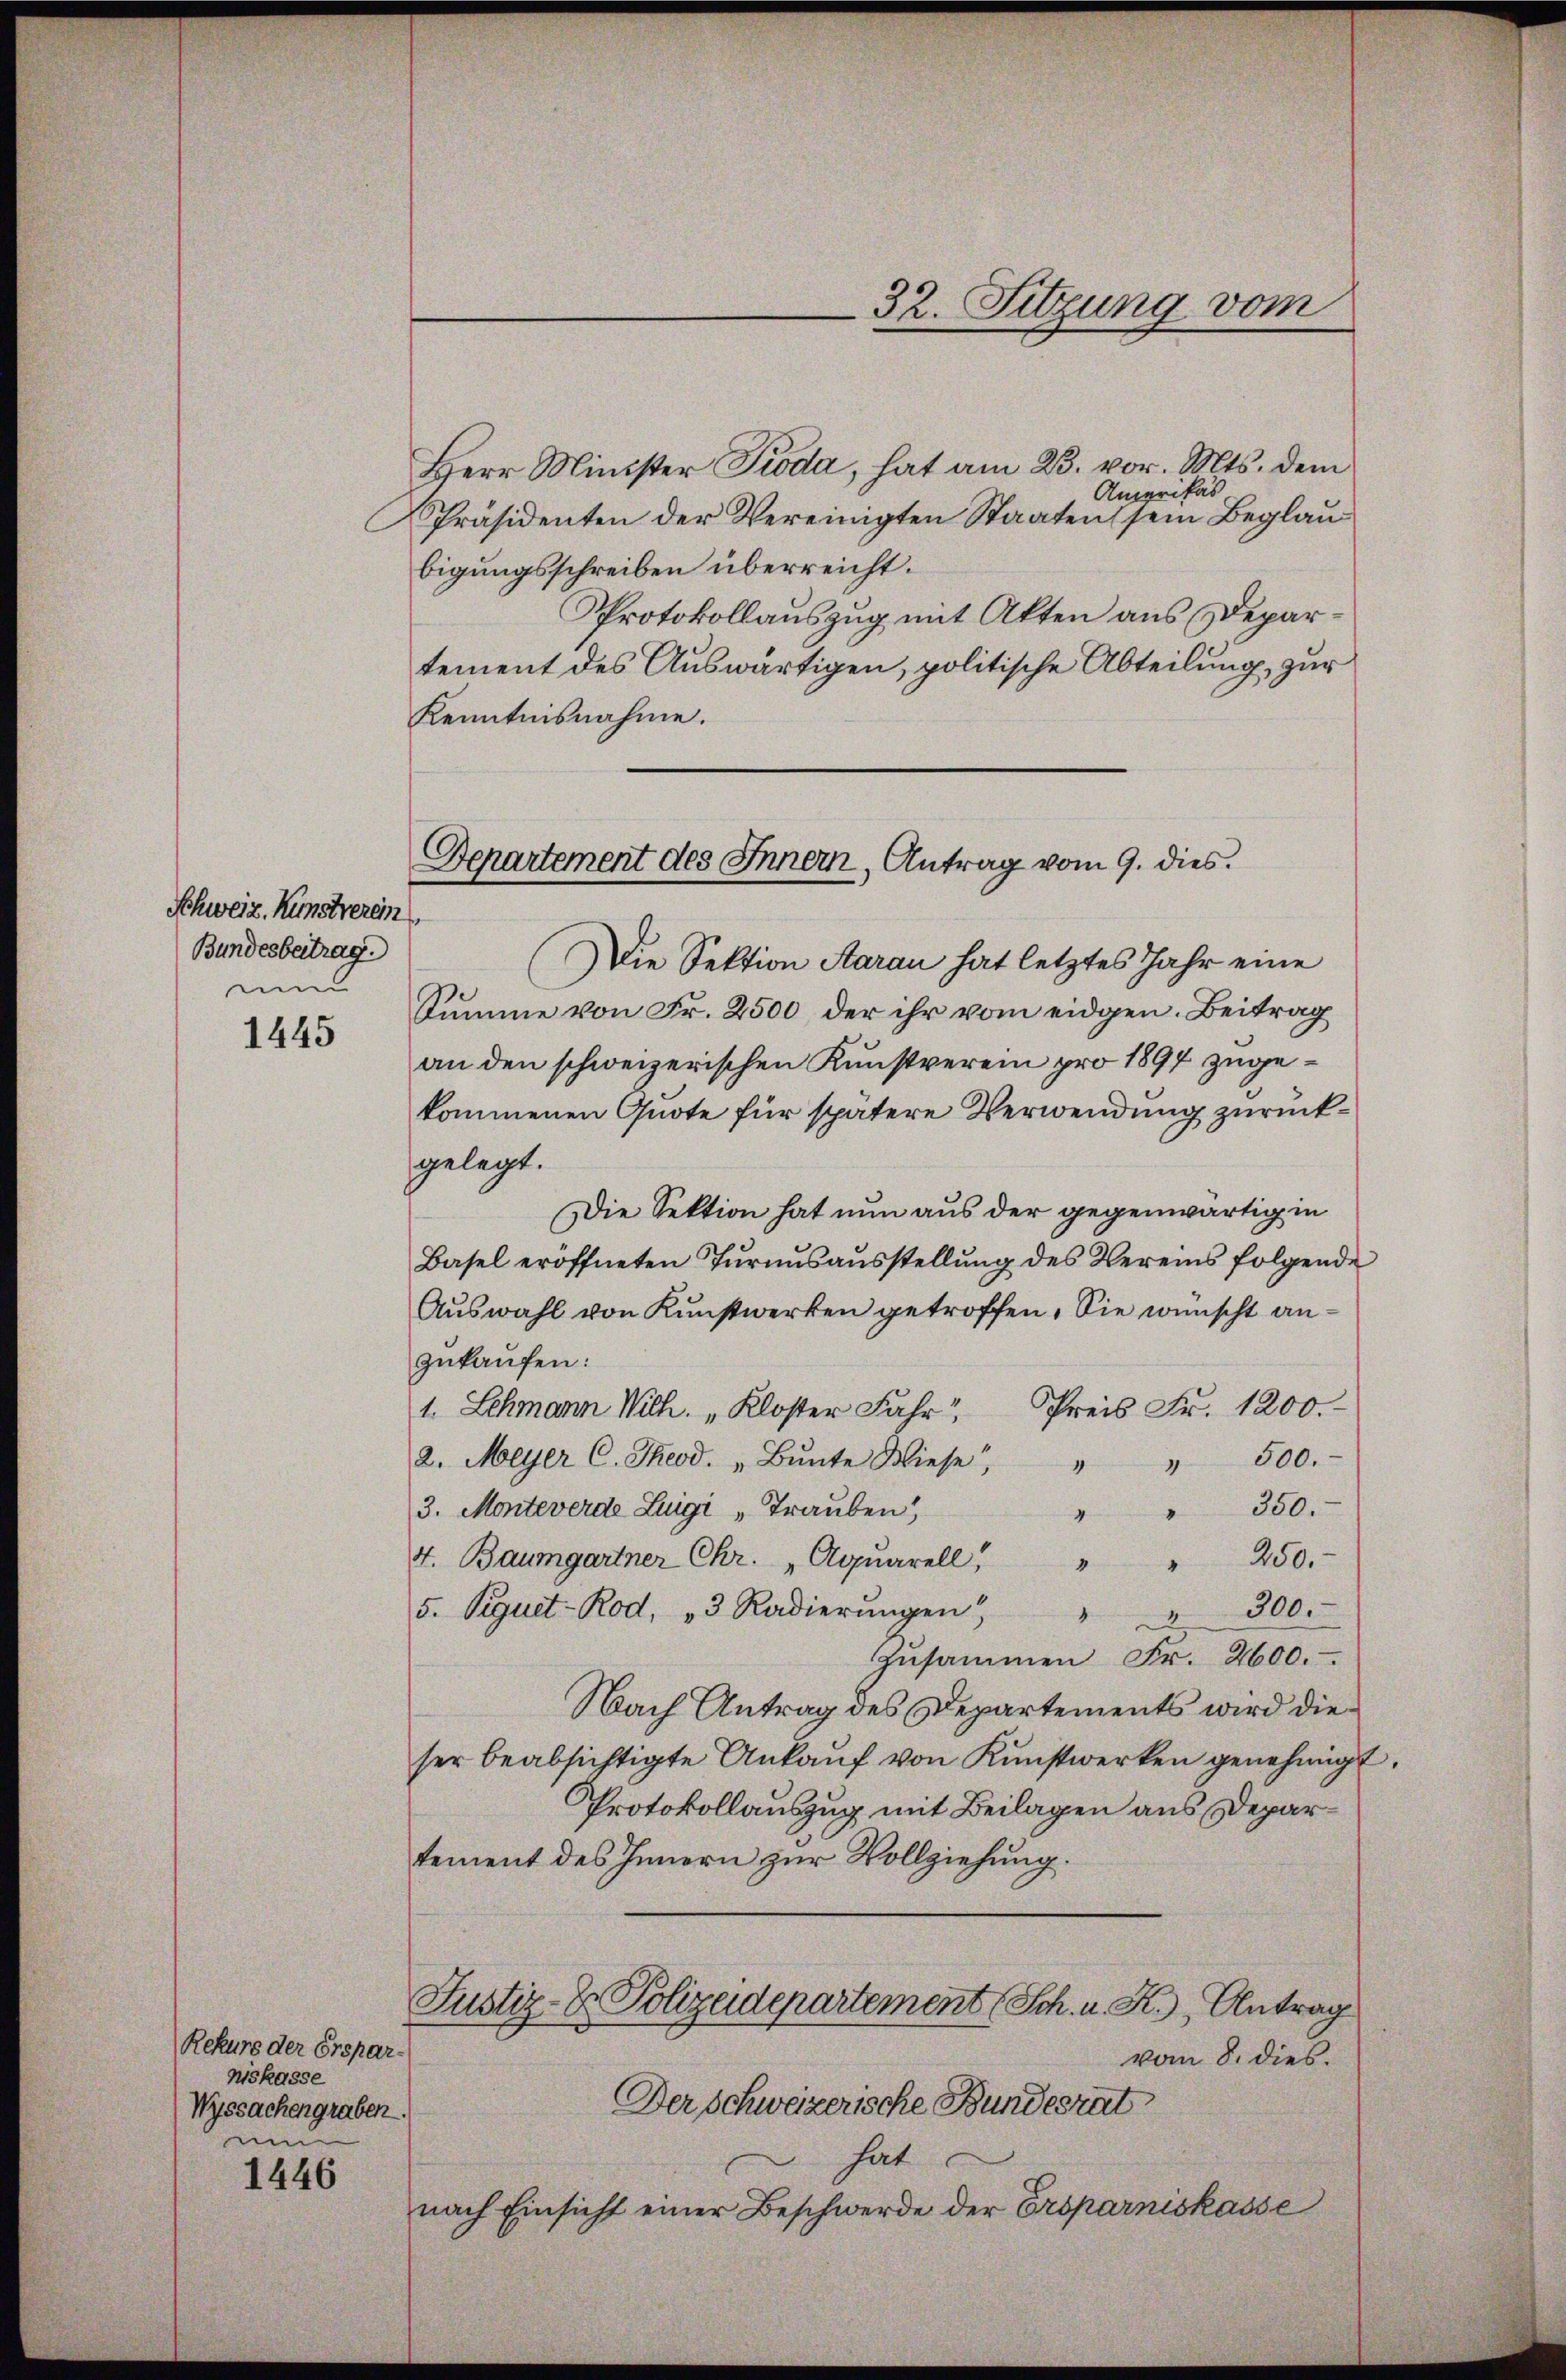
Schweiz. Kunstverein
Bundesbertrag.
mun

1445

Rekurs der Ersparniskasse
Wyssachengraben.
uen

1446

Herr Minister Pioda, hat am 23. vor. Mts. dem
Amerikas
Präsidenten der Vereinigten Staaten sein Beglaubigungsschreiben überreicht.
Protokollauszug mit Akten aus Departement des Auswärtigen, politische Abteilung, zur
Kenntnisnahme.
Die Sektion Aarau hat letztes Jahr eine
Summe von Fr. 2500, der ihr vom eidgen. Beitrag
an den schweizerischen Kunstverein pro 1897 zugekommenen Quote für spätere Verwendung zurückgelegt.
Die Sektion hat nun aus der gegenwärtig in
Basel eröffneten Turnusaŭsstellung des Vereins folgende
Auswahl von Kunstwerken getroffen. Sie wünscht anzukaufen:
1. Schmann Wilh. „Kloster Jahr Preis Fr. 1200.
500.
2. Meyer C. Theod. „Bŭnte Wiese
4
4
3. Monteverde Luigi „Trauben,
" " 350.
250.
4. Baumgartner Chr. „Aquarell
“
5. Peguet-Rod, 3 Radierŭngen " " 300.
Zusammen Fr. 2600.
Nach Antrag des Departements wird dieser beabsichtigte Ankaŭf von Kunstwerken genehmigt.
Protokollauszug mit Beilagen aus Departement des Innern zur Vollziehung.
Justiz- & Polizeidepartement (Sch. u. K. Antrag
vom 8. dies
Der Schweizerische Bundesrat
hat
nach Einsicht einer Beschwerde der Ersparniskasse

32. Sitzung vom

Departement des Innern, Antrag vom 9. dies